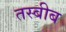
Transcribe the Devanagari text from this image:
तस्बीब